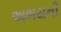
અભયની